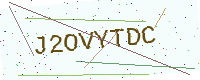
Text: J2OVYTDC